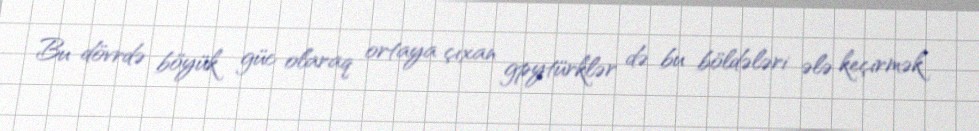
Bu dövrdə böyük güc olaraq ortaya çıxan gpytürklər də bu böldələri ələ keçirmək